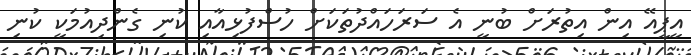
އީޕީއޭ އިން އިތުރަށް ބުނީ އެ ސަރަހައްދުތަކަށް ހުސްފުޅިއާއި ކުނި ގެންދިއުމަކީ ކުނި